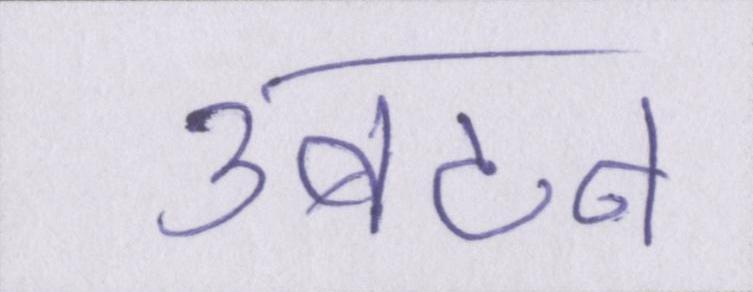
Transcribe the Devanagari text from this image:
उबटन